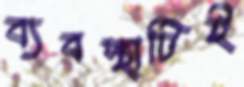
ব্যবস্থাটিই